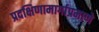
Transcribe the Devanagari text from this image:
प्रदक्षिणामार्गाप्रमाणे